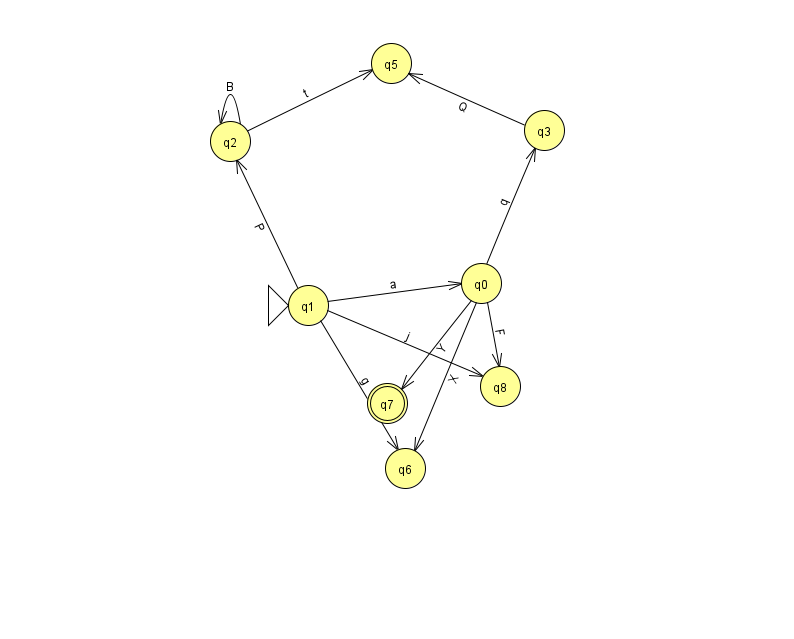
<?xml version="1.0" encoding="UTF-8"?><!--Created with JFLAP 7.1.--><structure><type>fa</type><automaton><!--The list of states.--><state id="0" name="q0"><x>481.0</x><y>270.0</y></state><state id="1" name="q1"><x>308.0</x><y>292.0</y><initial/></state><state id="2" name="q2"><x>230.0</x><y>128.0</y></state><state id="3" name="q3"><x>544.0</x><y>117.0</y></state><state id="5" name="q5"><x>391.0</x><y>50.0</y></state><state id="6" name="q6"><x>405.0</x><y>455.0</y></state><state id="7" name="q7"><x>387.0</x><y>390.0</y><final/></state><state id="8" name="q8"><x>500.0</x><y>373.0</y></state><!--The list of transitions.--><transition><from>1</from><to>2</to><read>P</read></transition><transition><from>0</from><to>3</to><read>q</read></transition><transition><from>0</from><to>7</to><read>Y</read></transition><transition><from>2</from><to>2</to><read>B</read></transition><transition><from>2</from><to>5</to><read>t</read></transition><transition><from>1</from><to>6</to><read>g</read></transition><transition><from>0</from><to>6</to><read>X</read></transition><transition><from>0</from><to>8</to><read>F</read></transition><transition><from>1</from><to>0</to><read>a</read></transition><transition><from>1</from><to>8</to><read>j</read></transition><transition><from>3</from><to>5</to><read>Q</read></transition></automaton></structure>